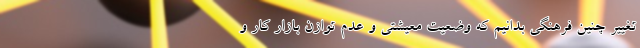
تغییر چنین فرهنگی بدانیم که وضعیت معیشتی و عدم توازن بازار کار و